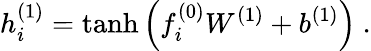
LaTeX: h_{i}^{(1)}=\operatorname{tanh}\left(f_{i}^{(0)}W^{(1)}+b^{(1)}\right)\ .